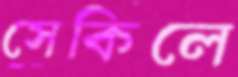
সেকিলে